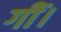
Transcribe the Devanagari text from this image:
गीं।